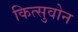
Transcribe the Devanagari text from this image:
कित्सुवोन